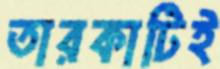
তারকাটিই